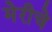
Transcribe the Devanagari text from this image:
मेरीचे